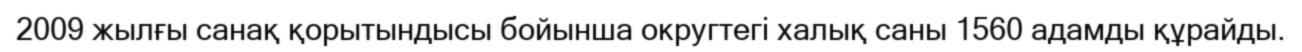
2009 жылғы санақ қорытындысы бойынша округтегі халық саны 1560 адамды құрайды.